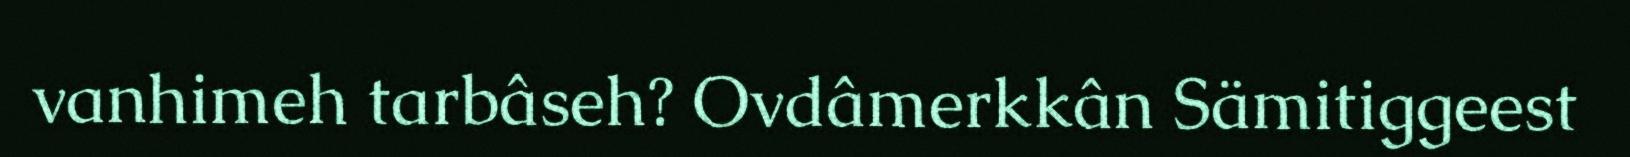
vanhimeh tarbâseh? Ovdâmerkkân Sämitiggeest